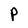
Character: P